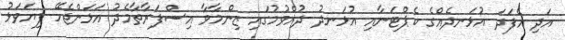
އަދި އެފަދަ އުޅަނދެއްގެ ކެޕްޓަނާއި އުޅަނދު ދުއްވުމުގައި ޒިންމާވާ އިސްފަރާތާމެދު އަޅަންޖެހޭ ފިޔަވަޅު